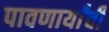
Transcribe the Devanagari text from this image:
पावणार्यांची